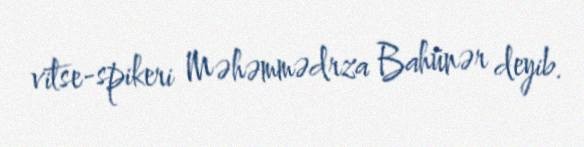
vitse-spikeri Məhəmmədrza Bahünər deyib.